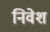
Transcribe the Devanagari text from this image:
निवेश